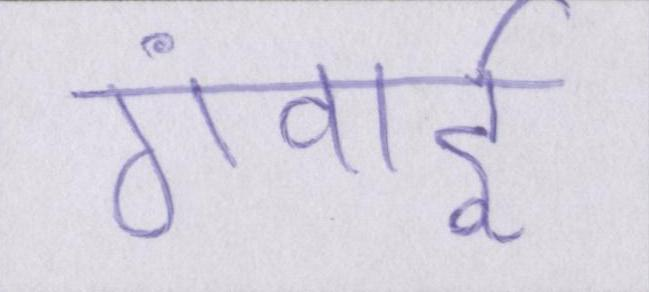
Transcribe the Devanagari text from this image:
गंवाई